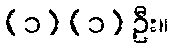
(၁) (၁) ဦး။